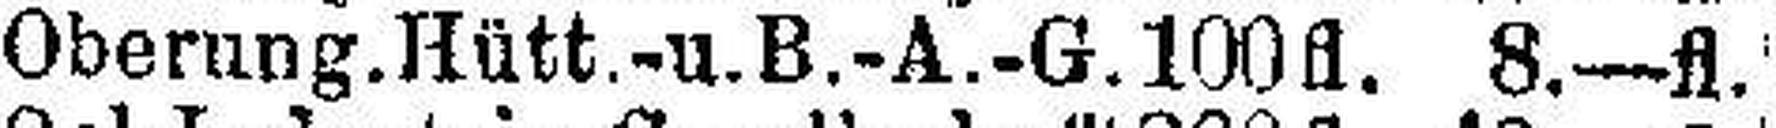
Oberung.Hütt.-u.B.-A.-G. 100 fl. 8.—fl.